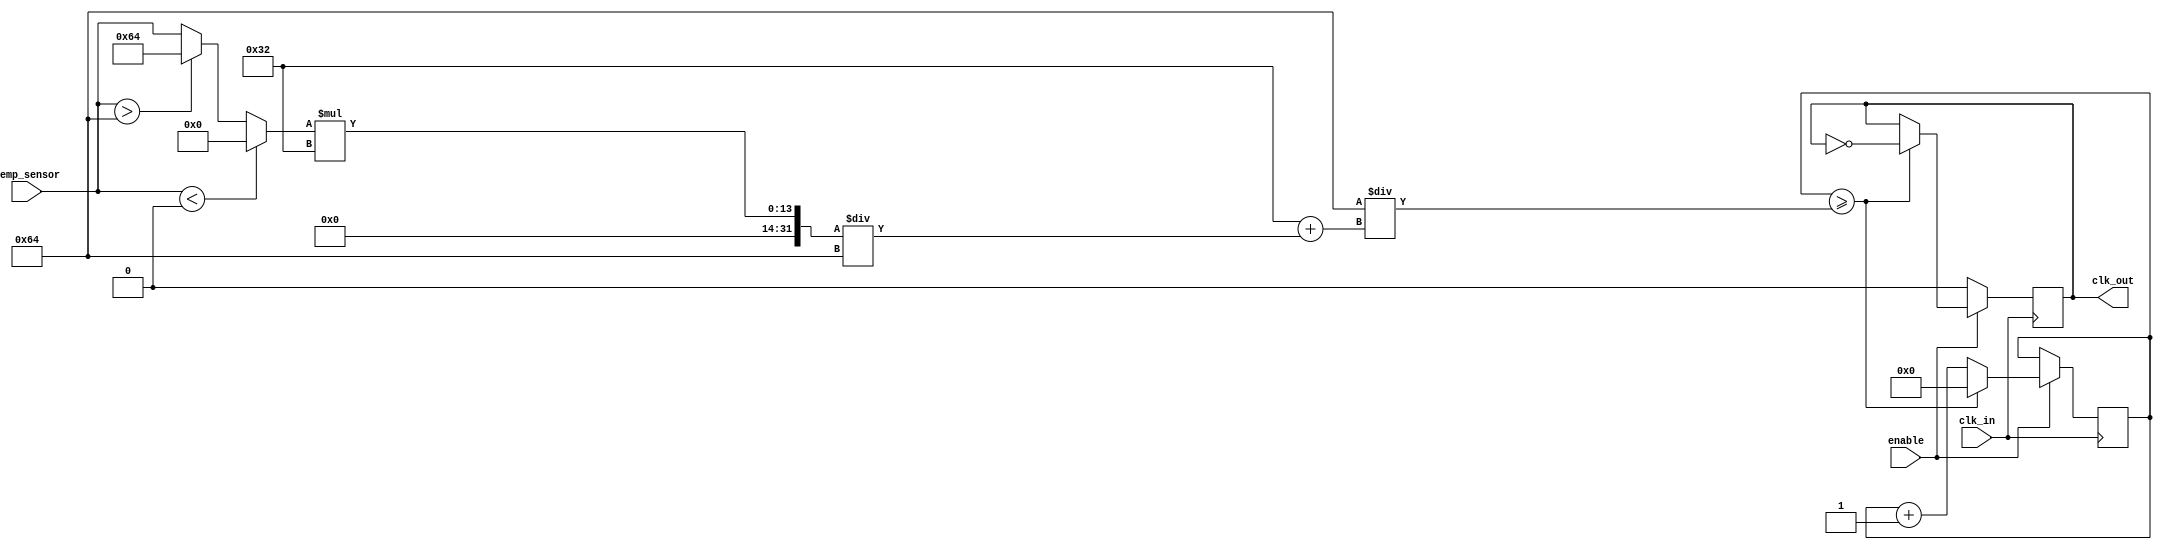
module TempCompClockBuffer (
    input wire clk_in,             // Input clock from oscillator
    input wire [7:0] temp_sensor,  // 8-bit temperature sensor output
    input wire enable,             // Enable signal for the buffer
    output reg clk_out             // Compensated clock output
);

    // Parameters for compensation (these values are illustrative)
    parameter TEMP_MIN = 8'd0;    // Minimum temperature
    parameter TEMP_MAX = 8'd100;   // Maximum temperature
    parameter CLK_BASE_FREQ = 50;  // Base frequency in MHz
    parameter CLK_MAX_FREQ = 100;   // Maximum frequency in MHz

    // Internal signals
    reg [7:0] temp_adjust;         // Adjusted temperature value
    reg [31:0] clk_divider;        // Clock divider for frequency adjustment
    reg [31:0] clk_counter;        // Clock counter for generating output clock

    // Compensation logic based on temperature
    always @(*) begin
        if (temp_sensor < TEMP_MIN) begin
            temp_adjust = 8'd0; // Minimum compensation
        end else if (temp_sensor > TEMP_MAX) begin
            temp_adjust = 8'd100; // Maximum compensation
        end else begin
            temp_adjust = temp_sensor; // Direct mapping for simplicity
        end
    end

    // Clock divider calculation based on temperature adjustment
    always @(*) begin
        // Simple linear compensation logic
        clk_divider = CLK_BASE_FREQ + (temp_adjust * (CLK_MAX_FREQ - CLK_BASE_FREQ) / TEMP_MAX);
    end

    // Clock generation with buffering
    always @(posedge clk_in) begin
        if (enable) begin
            clk_counter <= clk_counter + 1;
            if (clk_counter >= (100 / clk_divider)) begin
                clk_out <= ~clk_out; // Toggle clock output
                clk_counter <= 0;     // Reset counter
            end
        end else begin
            clk_out <= 0; // Disable output clock when not enabled
        end
    end

endmodule